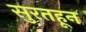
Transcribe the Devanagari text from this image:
सुरतहून